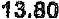
13.80